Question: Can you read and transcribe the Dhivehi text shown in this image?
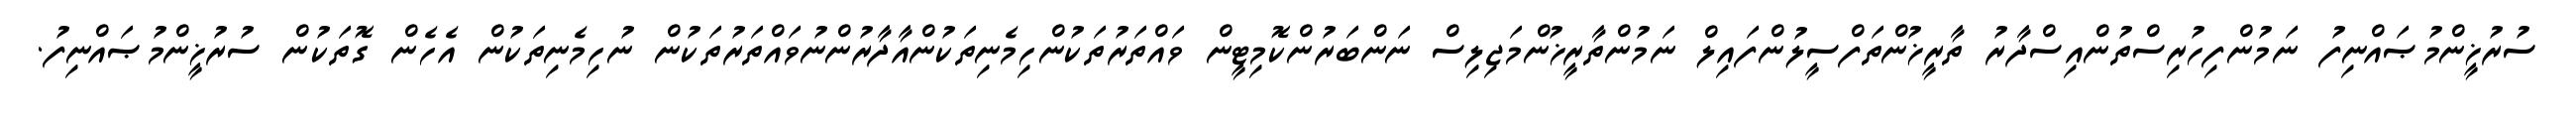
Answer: ސުރުޚީންމުޞައްނިފު ނަމުންފިހުރިސްތުންއިސްދާރު ތާރީޚުންތަފްސީލުންފައިލް ނަމުންތާރީޚުންމަޖިލިސް ނަންބަރުންކޮމިޓީން ވައްތަރުތަކުންހިމެނިތަކުންއާދާރުންނުވައްތަރުތަކުން ނުހިމެނިތަކުން އެހެން ގޮތަކުން ސުރުޚީންމުޞައްނިފު.